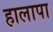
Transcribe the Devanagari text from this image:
हालापा